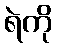
ရဲကို